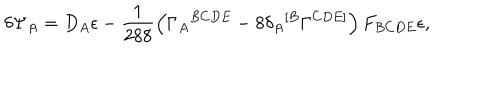
LaTeX: \delta \Psi _ { A } = D _ { A } \epsilon - \frac { 1 } { 2 8 8 } \left( \Gamma _ { A } { } ^ { B C D E } - 8 \delta _ { A } { } ^ { [ B } \Gamma ^ { C D E ] } \right) F _ { B C D E } \epsilon ,